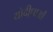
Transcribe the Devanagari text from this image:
योदी्धाओं